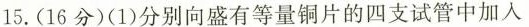
15.(16分)(1)分别向盛有等量铜片的四支试管中加入